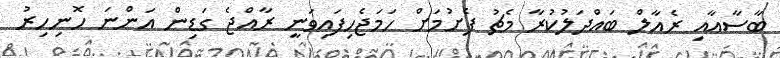
ބާސާއާއި ރެއާލް ބައްދަލުކުރާ މެޗު ފެށުމަށް ހަމަޖެހިފައިވަނީ ރާއްޖެ ގަޑިން އަންނަ ހޮނިހިރު